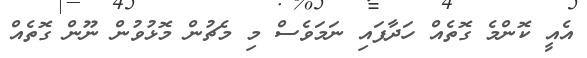
އެއީ ކޮންމެ ގޮތެއް ހަދާފައި ނަމަވެސް މި މެޗުން މޮޅުވުން ނޫން ގޮތެއް